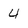
Character: 4